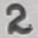
Text: 2